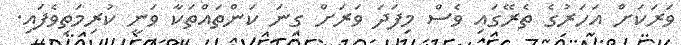
ވަރަކަށް އަހަރުގެ ތެރޭގައި ވެސް މިފަދަ ވަރަށް ގިނަ ކަންތައްތަކާ ވަނީ ކުރިމަތިވެފައި.